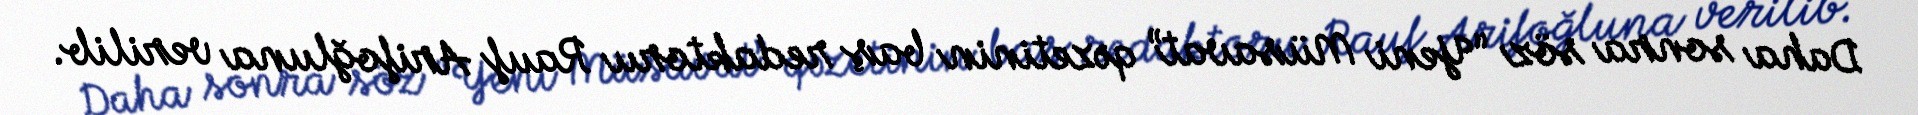
Daha sonra söz “Yeni Müsavat” qəzetinin baş redaktoru Rauf Arifoğluna verilib.